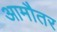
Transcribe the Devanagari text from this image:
आमौतर